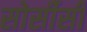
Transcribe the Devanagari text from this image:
सोर्सीसी